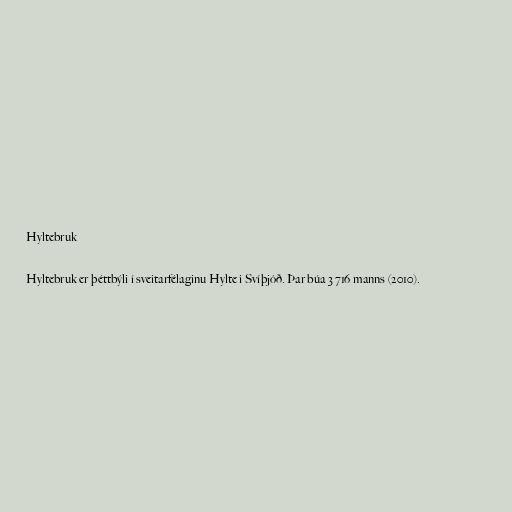
Hyltebruk

Hyltebruk er þéttbýli í sveitarfélaginu Hylte i Svíþjóð. Þar búa 3 716 manns (2010).